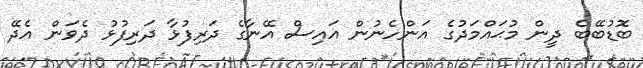
ބޮޑުބޭބެ ދީން މުޙައްމަދުގެ އަންހެނުން އައިސް އޭނާގެ ދަރިފުޅާ ދަރިފުޅު ދެވަން އެދޭ